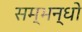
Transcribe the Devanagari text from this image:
सम्भन्धो